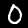
Digit: 0